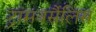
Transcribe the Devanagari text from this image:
ट्रांसवर्सैलिस